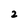
Character: 2